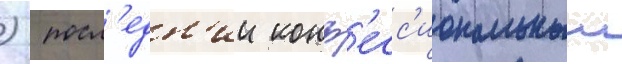
)  посл'едн'ии конф'есс'иональныи